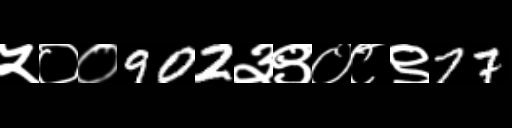
Text: ५००902३९०८९77